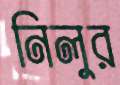
নিলুর